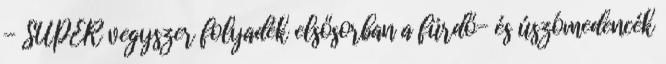
- SUPER vegyszer folyadék elsősorban a fürdő- és úszómedencék